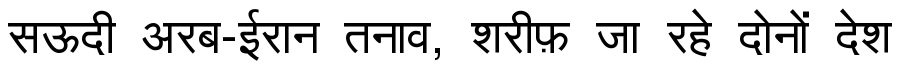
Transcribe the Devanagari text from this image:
सऊदी अरब-ईरान तनाव, शरीफ़ जा रहे दोनों देश